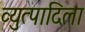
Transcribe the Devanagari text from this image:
व्युत्पादिला